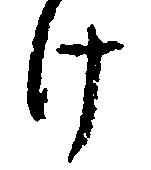
け